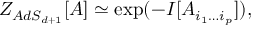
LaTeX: { \cal Z } _ { A d S _ { d + 1 } } [ { \cal A } ] \simeq \exp ( - I [ A _ { i _ { 1 } \ldots i _ { p } } ] ) ,